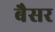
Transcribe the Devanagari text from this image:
बैसर